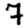
Digit: 7